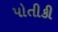
પોતીકી